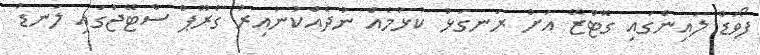
ފޯވަޑް ލައިންގައި ގޮޓްޒޭ އަށް ރަނގަޅު ކުޅުމެއް ނުދެއްކުނުއިރު ގްރޫޕް ސްޓޭޖުގައި ލަނޑު